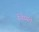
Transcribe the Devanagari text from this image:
निय्यत